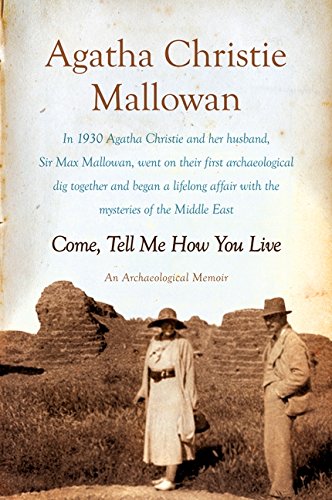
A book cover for Come, Tell Me How You Live: An Archaeological Memoir; Agatha Christie Mallowan; Travel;